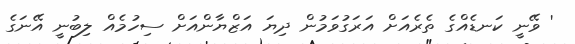
' ވޭނީ ކަނޑެއްގެ ތެރެއަށް އަރަގުވަމުން ދިޔަ އަޒްޔާންއަށް ސިހުމެއް ލިބުނީ އޭނަގެ